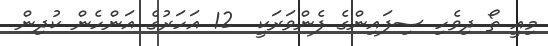
މިއީ ތޯ ދިވެހި ސިފައިންގެ ފެންވަރަކީ  12 އަހަރުގެ އަންހެން ކުދިން